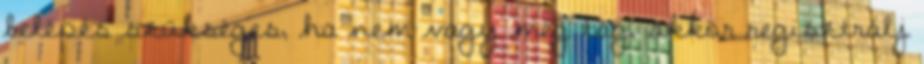
belépés szükséges, ha nem vagy még tag, akkor regisztrálj